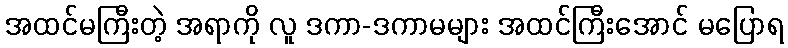
အထင်မကြီးတဲ့ အရာကို လူ ဒကာ-ဒကာမများ အထင်ကြီးအောင် မပြောရ